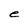
Character: e